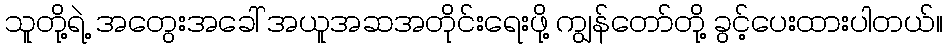
သူတို့ရဲ့ အတွေးအခေါ် အယူအဆအတိုင်းရေးဖို့ ကျွန်တော်တို့ ခွင့်ပေးထားပါတယ်။